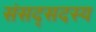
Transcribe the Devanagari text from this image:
संसद्सदस्य